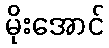
မိုးအောင်